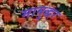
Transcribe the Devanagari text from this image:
मामुद्धर